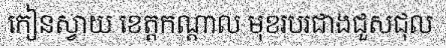
កៀនស្វាយ ខេត្តកណ្តាល មុខរបរជាងជួសជុល